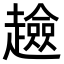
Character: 𧾏